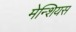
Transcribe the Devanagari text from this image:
मेन्शियस